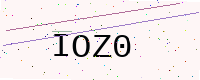
Text: IOZ0